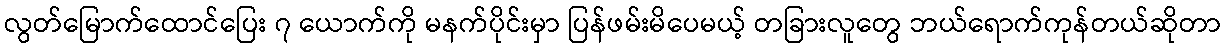
လွတ်မြောက်ထောင်ပြေး ၇ ယောက်ကို မနက်ပိုင်းမှာ ပြန်ဖမ်းမိပေမယ့် တခြားလူတွေ ဘယ်ရောက်ကုန်တယ်ဆိုတာ